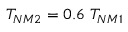
T _ { N M 2 } = 0 . 6 { \ } T _ { N M 1 }